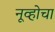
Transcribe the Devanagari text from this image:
नूव्होचा